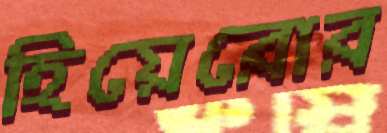
হিয়েরোর